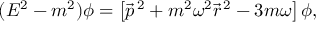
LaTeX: ( E ^ { 2 } - m ^ { 2 } ) \phi = \left[ \vec { p } ^ { \, 2 } + m ^ { 2 } \omega ^ { 2 } \vec { r } ^ { \, 2 } - 3 m \omega \right] \phi ,